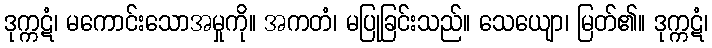
ဒုက္ကဋံ၊ မကောင်းသောအမှုကို။ အကတံ၊ မပြုခြင်းသည်။ သေယျော၊ မြတ်၏။ ဒုက္ကဋံ၊